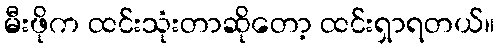
မီးဖိုက ထင်းသုံးတာဆိုတော့ ထင်းရှာရတယ်။